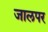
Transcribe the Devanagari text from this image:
जालपर